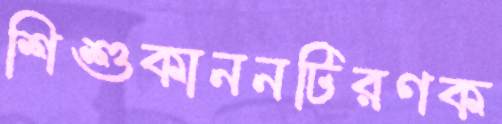
শিশুকাননটিরণক